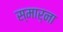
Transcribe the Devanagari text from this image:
स्मार्ना